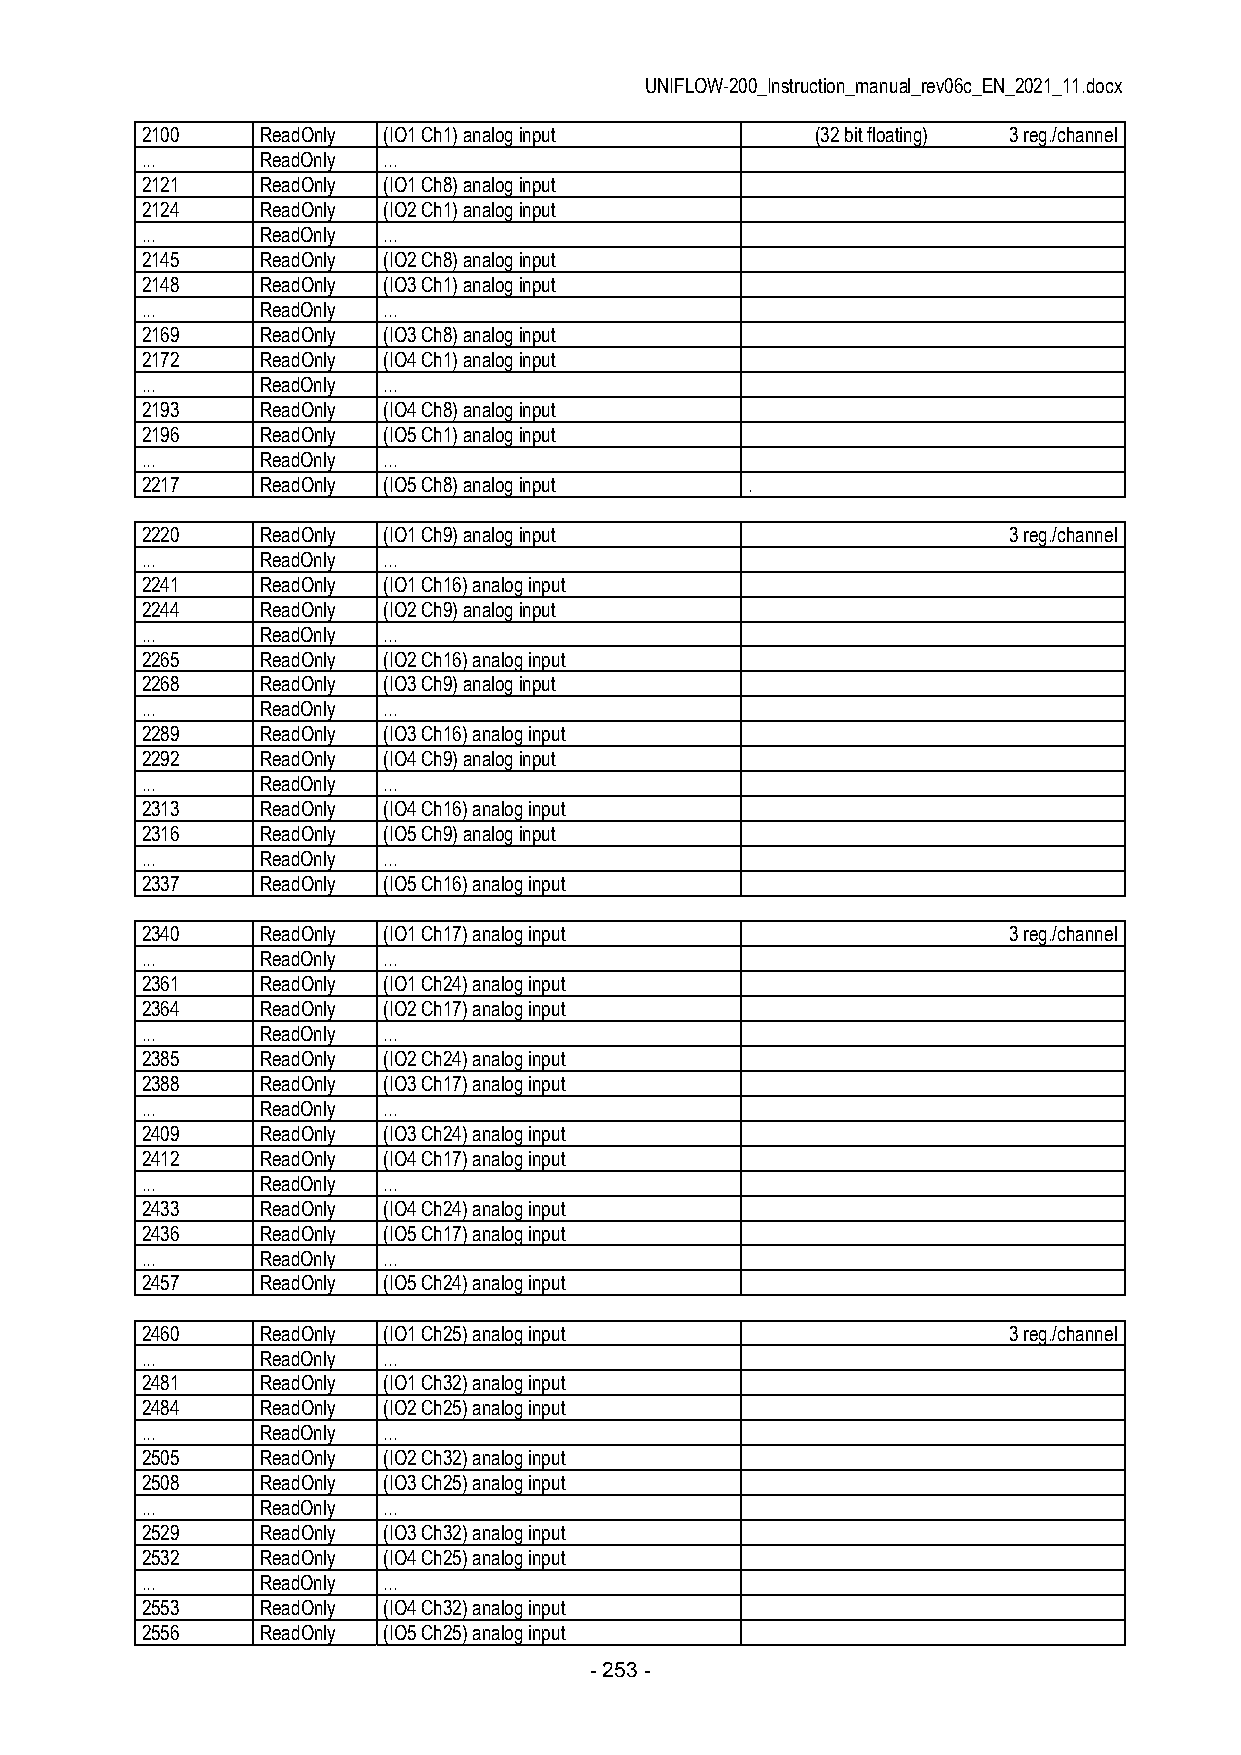
UNIFLOW-200_Instruction_manual_rev06c_EN_2021_11.docx
 2100    ReadOnly (IO1 Ch1) analog input      (32 bit floating) 3 reg./channel
 ...     ReadOnly ...
 2121    ReadOnly (IO1 Ch8) analog input
 2124    ReadOnly (IO2 Ch1) analog input
 ...     ReadOnly ...
 2145    ReadOnly (IO2 Ch8) analog input
 2148    ReadOnly (IO3 Ch1) analog input
 ...     ReadOnly ...
 2169    ReadOnly (IO3 Ch8) analog input
 2172    ReadOnly (IO4 Ch1) analog input
 ...     ReadOnly ...
 2193    ReadOnly (IO4 Ch8) analog input
 2196    ReadOnly (IO5 Ch1) analog input
 ...     ReadOnly ...
 2217    ReadOnly (IO5 Ch8) analog input  .
 2220    ReadOnly (IO1 Ch9) analog input                   3 reg./channel
 ...     ReadOnly ...
 2241    ReadOnly (IO1 Ch16) analog input
 2244    ReadOnly (IO2 Ch9) analog input
 ...     ReadOnly ...
 2265    ReadOnly (IO2 Ch16) analog input
 2268    ReadOnly (IO3 Ch9) analog input
 ...     ReadOnly ...
 2289    ReadOnly (IO3 Ch16) analog input
 2292    ReadOnly (IO4 Ch9) analog input
 ...     ReadOnly ...
 2313    ReadOnly (IO4 Ch16) analog input
 2316    ReadOnly (IO5 Ch9) analog input
 ...     ReadOnly ...
 2337    ReadOnly (IO5 Ch16) analog input
 2340    ReadOnly (IO1 Ch17) analog input                  3 reg./channel
 ...     ReadOnly ...
 2361    ReadOnly (IO1 Ch24) analog input
 2364    ReadOnly (IO2 Ch17) analog input
 ...     ReadOnly ...
 2385    ReadOnly (IO2 Ch24) analog input
 2388    ReadOnly (IO3 Ch17) analog input
 ...     ReadOnly ...
 2409    ReadOnly (IO3 Ch24) analog input
 2412    ReadOnly (IO4 Ch17) analog input
 ...     ReadOnly ...
 2433    ReadOnly (IO4 Ch24) analog input
 2436    ReadOnly (IO5 Ch17) analog input
 ...     ReadOnly ...
 2457    ReadOnly (IO5 Ch24) analog input
 2460    ReadOnly (IO1 Ch25) analog input                  3 reg./channel
 ...     ReadOnly ...
 2481    ReadOnly (IO1 Ch32) analog input
 2484    ReadOnly (IO2 Ch25) analog input
 ...     ReadOnly ...
 2505    ReadOnly (IO2 Ch32) analog input
 2508    ReadOnly (IO3 Ch25) analog input
 ...     ReadOnly ...
 2529    ReadOnly (IO3 Ch32) analog input
 2532    ReadOnly (IO4 Ch25) analog input
 ...     ReadOnly ...
 2553    ReadOnly (IO4 Ch32) analog input
 2556    ReadOnly (IO5 Ch25) analog input
 - 253 -